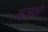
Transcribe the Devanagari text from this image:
नजफी